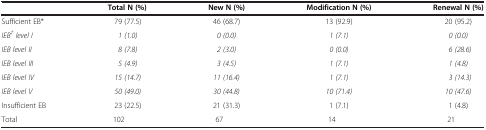
|  | Total N (%) | New N (%) | Modification N (%) | Renewal N (%) |
 | --- | --- | --- | --- | --- |
 | Sufficient EB* | 79 (77.5) | 46 (68.7) | 13 (92.9) | 20 (95.2) |
 | IEB†level I | 1 (1.0) | 0 (0.0) | 1 (7.1) | 0 (0.0) |
 | IEB level II | 8 (7.8) | 2 (3.0) | 0 (0.0) | 6 (28.6) |
 | IEB level III | 5 (4.9) | 3 (4.5) | 1 (7.1) | 1 (4.8) |
 | IEB level IV | 15 (14.7) | 11 (16.4) | 1 (7.1) | 3 (14.3) |
 | IEB level V | 50 (49.0) | 30 (44.8) | 10 (71.4) | 10 (47.6) |
 | Insufficient EB | 23 (22.5) | 21 (31.3) | 1 (7.1) | 1 (4.8) |
 | Total | 102 | 67 | 14 | 21 |